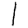
Digit: 1